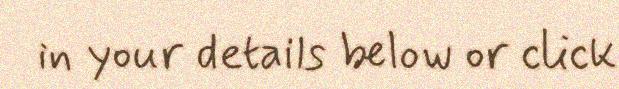
in your details below or click